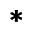
\pmb { * }